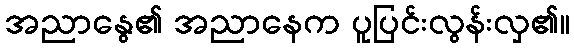
အညာနွေ၏ အညာနေက ပူပြင်းလွန်းလှ၏။